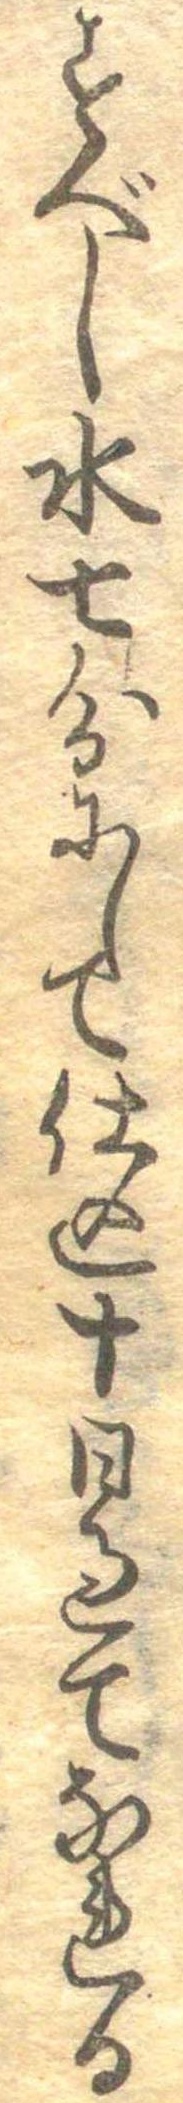
すべし水七分にして仕込十日過てなれる